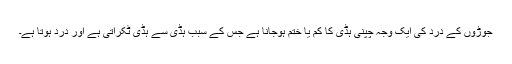
جوڑوں کے درد کی ایک وجہ چپنی ہڈی کا کم یا ختم ہوجانا ہے جس کے سبب ہڈی سے ہڈی ٹکراتی ہے اور درد ہوتا ہے۔